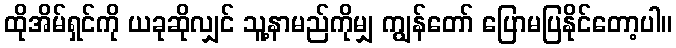
ထိုအိမ်ရှင်ကို ယခုဆိုလျှင် သူ့နာမည်ကိုမျှ ကျွန်တော် ပြောမပြနိုင်တော့ပါ။